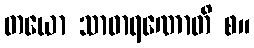
တယော သာဓာရဏောတိ စ။